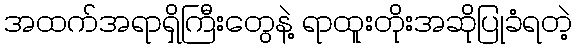
အထက်အရာရှိကြီးတွေနဲ့ ရာထူးတိုးအဆိုပြုခံရတဲ့